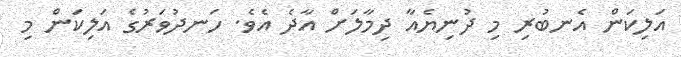
އަލިކަން އެނބުރި މި ދުނިޔެއާ ދިމާލަށް އާދެ އެވެ. ހަނދުވަރުގެ އަލިކަން މި